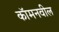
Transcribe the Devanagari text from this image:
कॉमनवील